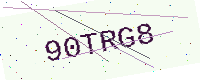
Text: 90TRG8